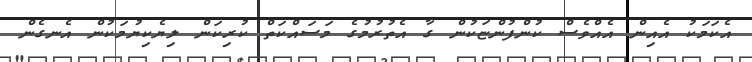
އެކަމަކު އެއިން އެއްވެސް ކުންފުންޏަކުން ގާ އެތުރުމުގެ މަސައްކަތް ކުރިކަން ލިޔެކިޔުމަކުން އެނގެން